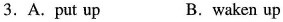
3. A. Put up B. waken up